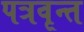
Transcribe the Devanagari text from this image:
पत्रवृन्त